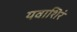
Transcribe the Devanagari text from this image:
यवाशिरं